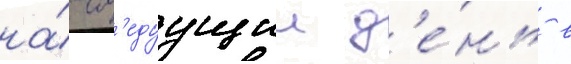
на́ сл'едуущии д'е́нь в